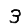
Digit: 3